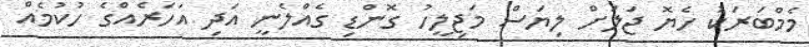
މެމްބަރަކު ހެޔޮ ޖަލަށް ލިޔަސް މަޖިލީހު ގޮންޑި ގެއްލެނީ އަދި އަހަރެއްގެ ހުކުމެއް